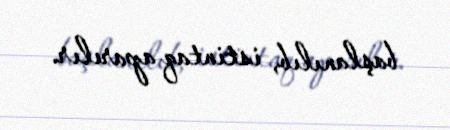
başlanılıb, istintaq aparılır.